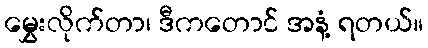
မွှေးလိုက်တာ၊ ဒီကတောင် အနံ့ ရတယ်။